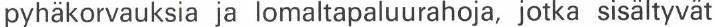
pyhäkorvauksia ja lomaltapaluurahoja, jotka sisältyvät